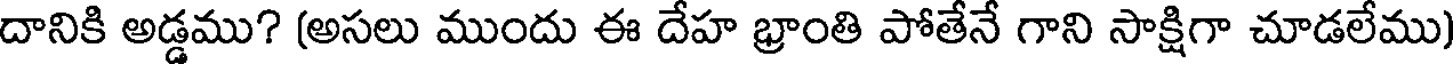
దానికి అడ్డము? (అసలు ముందు ఈ దేహ భ్రాంతి పోతేనే గాని సాక్షిగా చూడలేము)